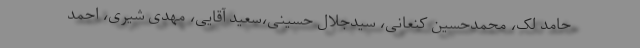
حامد لک، محمدحسین کنعانی، سیدجلال حسینی،سعید آقایی، مهدی شیری، احمد